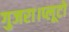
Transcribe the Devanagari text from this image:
गुजरा।प्लूटो